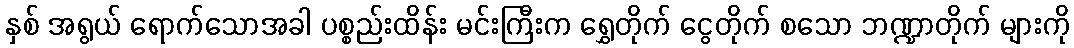
နှစ် အရွယ် ရောက်သောအခါ ပစ္စည်းထိန်း မင်းကြီးက ရွှေတိုက် ငွေတိုက် စသော ဘဏ္ဍာတိုက် များကို